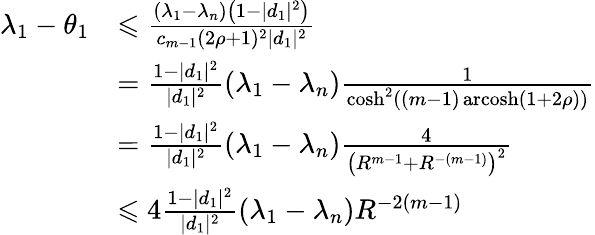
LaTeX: {\begin{array}{rl}{\lambda_{1}-\theta_{1}}&{\leqslant{\frac{(\lambda_{1}-\lambda_{n})\left(1-|d_{1}|^{2}\right)}{c_{m-1}(2\rho+1)^{2}|d_{1}|^{2}}}}\\ &{={\frac{1-|d_{1}|^{2}}{|d_{1}|^{2}}}(\lambda_{1}-\lambda_{n}){\frac{1}{\cosh^{2}((m-1)\operatorname{arcosh}(1+2\rho))}}}\\ &{={\frac{1-|d_{1}|^{2}}{|d_{1}|^{2}}}(\lambda_{1}-\lambda_{n}){\frac{4}{\left(R^{m-1}+R^{-(m-1)}\right)^{2}}}}\\ &{\leqslant 4{\frac{1-|d_{1}|^{2}}{|d_{1}|^{2}}}(\lambda_{1}-\lambda_{n})R^{-2(m-1)}}\end{array}}